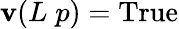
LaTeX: \mathbf{v}(L\; p)={\mathrm{{True}}}